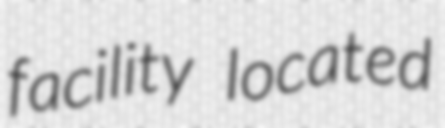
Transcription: facility located